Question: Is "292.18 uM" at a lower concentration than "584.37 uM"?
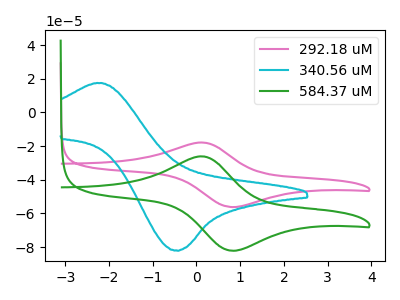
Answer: <think>The pink curve "292.18 uM" has an anodic peak at (0.10V, -17.85uA) and a cathodic peak at (0.80V, -56.15uA). The cyan curve "340.56 uM" has an anodic peak at (-2.15V, 17.50uA) and a cathodic peak at (-0.50V, -81.95uA). The green curve "584.37 uM" has an anodic peak at (0.10V, -26.05uA) and a cathodic peak at (0.80V, -82.10uA).
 All the peaks in "584.37 uM" have a peak in "292.18 uM" at the same potential.</think>
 <answer>I cant tell if "584.37 uM" or "292.18 uM" has higher concentration.</answer>
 <eval>mixed_concentration</eval>